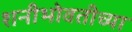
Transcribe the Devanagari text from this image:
शनीभोवतीच्या